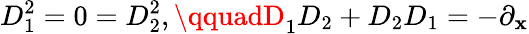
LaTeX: D_{1}^{2}=0=D_{2}^{2},\qquadD_{1}D_{2}+D_{2}D_{1}=-\partial_{\mathbf{x}}